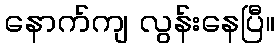
နောက်ကျ လွန်းနေပြီ။